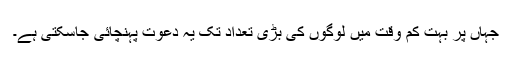
جہاں پر بہت کم وقت میں لوگوں کی بڑی تعداد تک یہ دعوت پہنچائی جاسکتی ہے۔